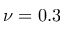
\nu = 0 . 3